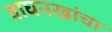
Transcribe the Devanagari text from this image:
वाघनखांचा